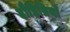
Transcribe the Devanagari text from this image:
दौहित्रियाँ